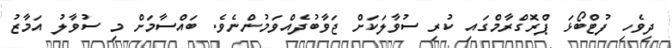
ދިވެހި ފުޓްބޯޅަ ޕްރޮގްރާމްގައި ކުރި ސުވާލަކަށް ޖަވާބުދެއްވަމުންނެވެ. ބައްސާމަށް މި ސުވާލު އަމާޒު